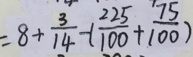
= 8 + \frac { 3 } { 1 4 } - ( \frac { 2 2 5 } { 1 0 0 } + \frac { 7 5 } { 1 0 0 } )